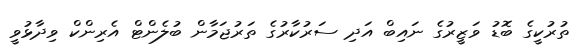
ތުރުކީގެ ބޮޑު ވަޒީރުގެ ނައިބް އަދި ސަރުކާރުގެ ތަރުޖަމާން ބުލެންޓް އެރިންކް ވިދާޅުވީ